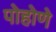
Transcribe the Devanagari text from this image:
पोहोणे